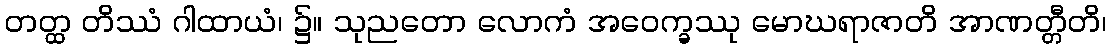
တတ္ထ တိဿံ ဂါထာယံ၊ ၌။ သုညတော လောကံ အဝေက္ခဿု မောဃရာဇာတိ အာဏတ္တီတိ၊